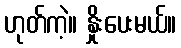
ဟုတ်ကဲ့။ နှိုးပေးမယ်။